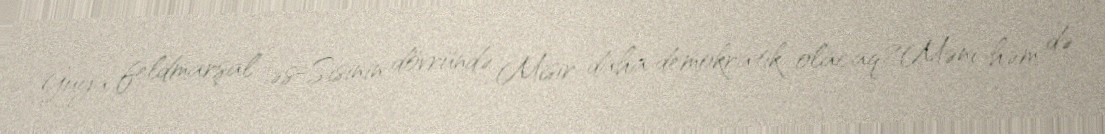
Guya feldmarşal əs-Sisinin dövründə Misir daha demokratik olacaq?Məni həm də